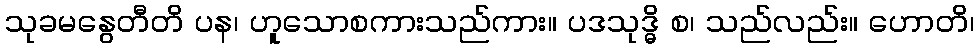
သုခမနွေတီတိ ပန၊ ဟူသောစကားသည်ကား။ ပဒသုဒ္ဓိ စ၊ သည်လည်း။ ဟောတိ၊